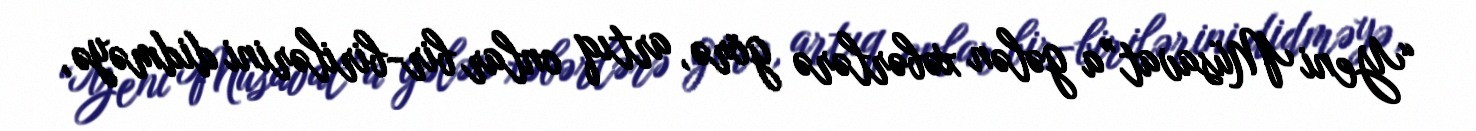
“Yeni Müsavat”a gələn xəbərlərə görə, artıq onlar bir-birilərini didməyə,